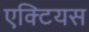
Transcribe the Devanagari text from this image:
एक्टियस